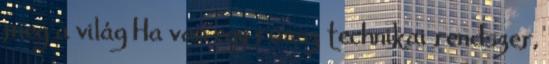
meg a világ Ha van egy rossz technikai rendszer,